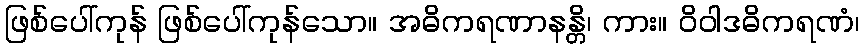
ဖြစ်ပေါ်ကုန် ဖြစ်ပေါ်ကုန်သော။ အဓိကရဏာနန္တိ၊ ကား။ ဝိဝါဒဓိကရဏံ၊